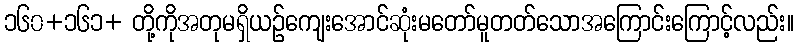
၁၆၀+၁၆၁+ တို့ကိုအတုမရှိယဉ်ကျေးအောင်ဆုံးမတော်မူတတ်သောအကြောင်းကြောင့်လည်း။